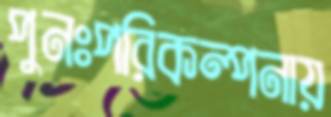
পুনঃপরিকল্পনায়